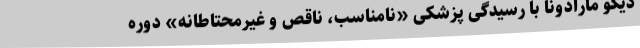
دیگو مارادونا با رسیدگی پزشکی «نامناسب، ناقص و غیرمحتاطانه» دوره